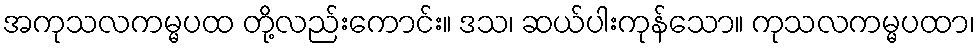
အကုသလကမ္မပထ တို့လည်းကောင်း။ ဒသ၊ ဆယ်ပါးကုန်သော။ ကုသလကမ္မပထာ၊